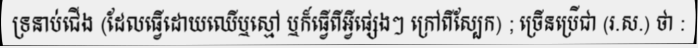
ទ្រនាប់ជើង (ដែលធ្វើដោយឈើឬស្មៅ ឬក៏ធ្វើពីអ្វីផ្សេងៗ ក្រៅពីស្បែក) ; ច្រើនប្រើជា (រ.ស.) ថា :